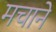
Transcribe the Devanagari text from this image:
मचानें